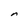
Character: n